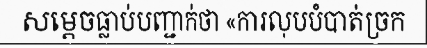
សម្តេចធ្លាប់បញ្ជាក់ថា «ការលុបបំបាត់ច្រក